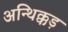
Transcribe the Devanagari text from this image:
अन्थिक्कड़